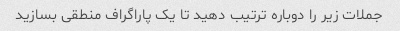
جملات زیر را دوباره ترتیب دهید تا یک پاراگراف منطقی بسازید